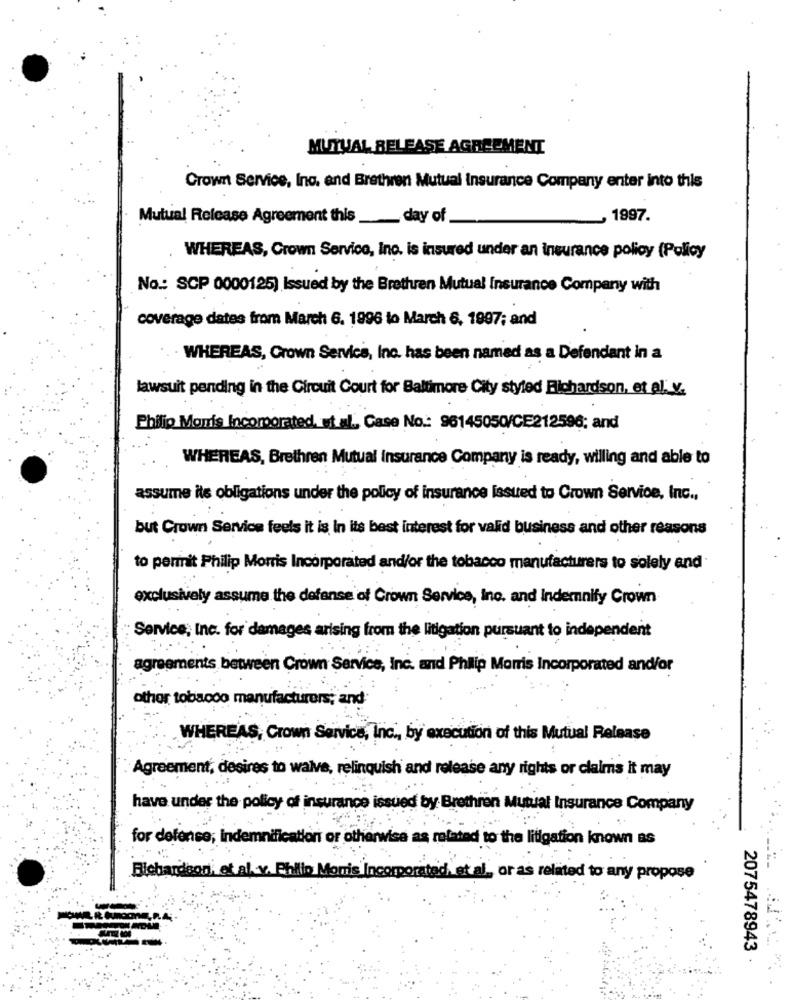
MUTUAL BELEASE AGREEMENT
Crown Service, Inc. and Brethren Mutual Insurance Company enter into this
Mutual Release Agreement this _____ day of
~ 1997.
WHEREAS, Crown Service, Inc. is insured under an insurance policy (Policy
No .: SCP 0000125) Issued by the Brethren Mutual Insurance Company with
coverage dates from March 6. 1996 to March 6, 1997; and
WHEREAS, Grown Servics, Inc. has been named as a Defendant in a
lawsuit pending in the Circuit Court for Baltimore City styled Richardson, et al. v.
Philip Morris Incorporated, et al ., Case No .: 96145050/CE212596; and
WHEREAS, Brethren Mutual Insurance Company is ready, willing and able to
assume its obligations under the policy of insurance issued to Crown Service, Inc .,
but Crown Service feels it is In its best interest for valid business and other reasons
to permit Philip Morris Incorporated and/or the tobacco manufacturers to solely and
exclusively assume the defense of Crown Service, inc. and Indemnity Crown
Service, Inc. for damages arising from the litigation pursuant to independent
agreements between Crown Service, Inc. and Philip Morris Incorporated and/or
othor tobacco manufacturers; and
WHEREAS, Crown Service, Inc ., by execution of this Mutual Release
Agreement, desires to waive, relinquish and release any rights or claims it may
have under the policy of insurance issued by Brethren Mutual Insurance Company
for defense; Indemnification or otherwise as related to the litigation known as
Blebardoor, et al. v. Philip Monis Incorporated, et al, or as related to any propose
2075478943